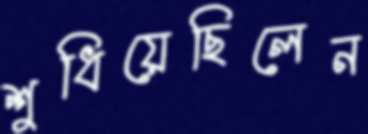
শুধিয়েছিলেন